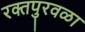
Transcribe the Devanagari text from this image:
रक्तपुरवळा